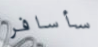
سأسافر